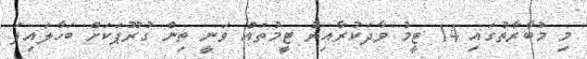
މި މުބާރާތުގައި 14 ޓީމު ވާދަކުރާއިރު ޓީމުތައް ވަނީ ތިން ގުރޫޕަކަށް ބަހާލައިފަ